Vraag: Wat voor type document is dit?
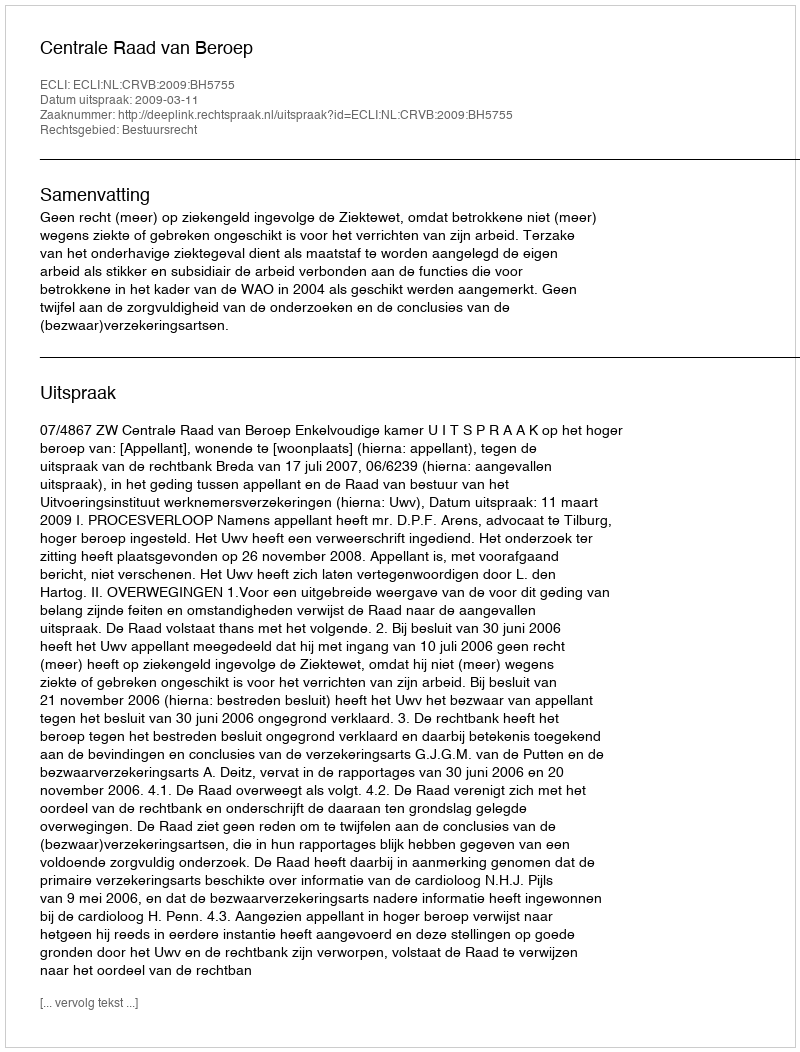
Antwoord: Uitspraak